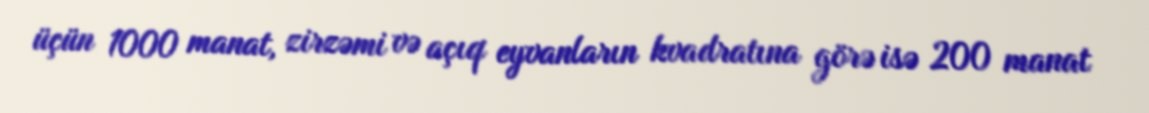
üçün 1000 manat, zirzəmi və açıq eyvanların kvadratına görə isə 200 manat